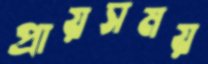
প্রায়সময়